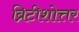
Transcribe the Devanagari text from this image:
ब्रिटीशोत्तर